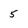
Character: 5